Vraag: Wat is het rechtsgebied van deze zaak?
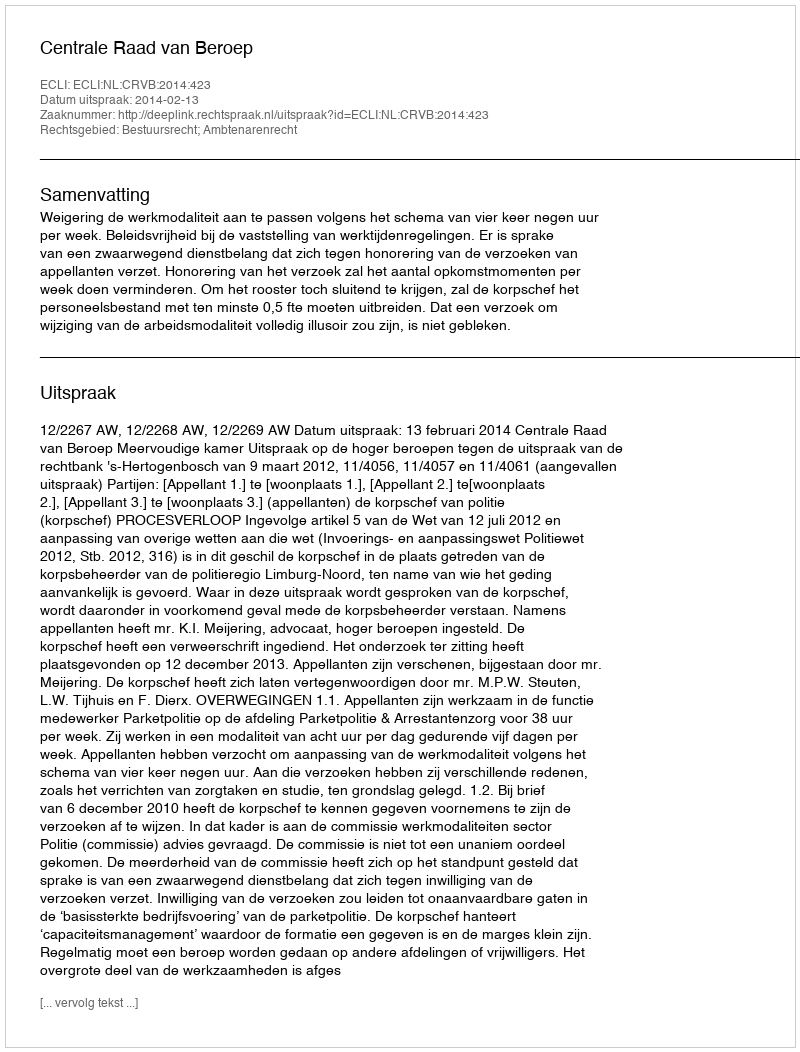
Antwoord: Bestuursrecht; Ambtenarenrecht